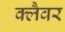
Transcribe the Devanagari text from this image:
क्लैवर